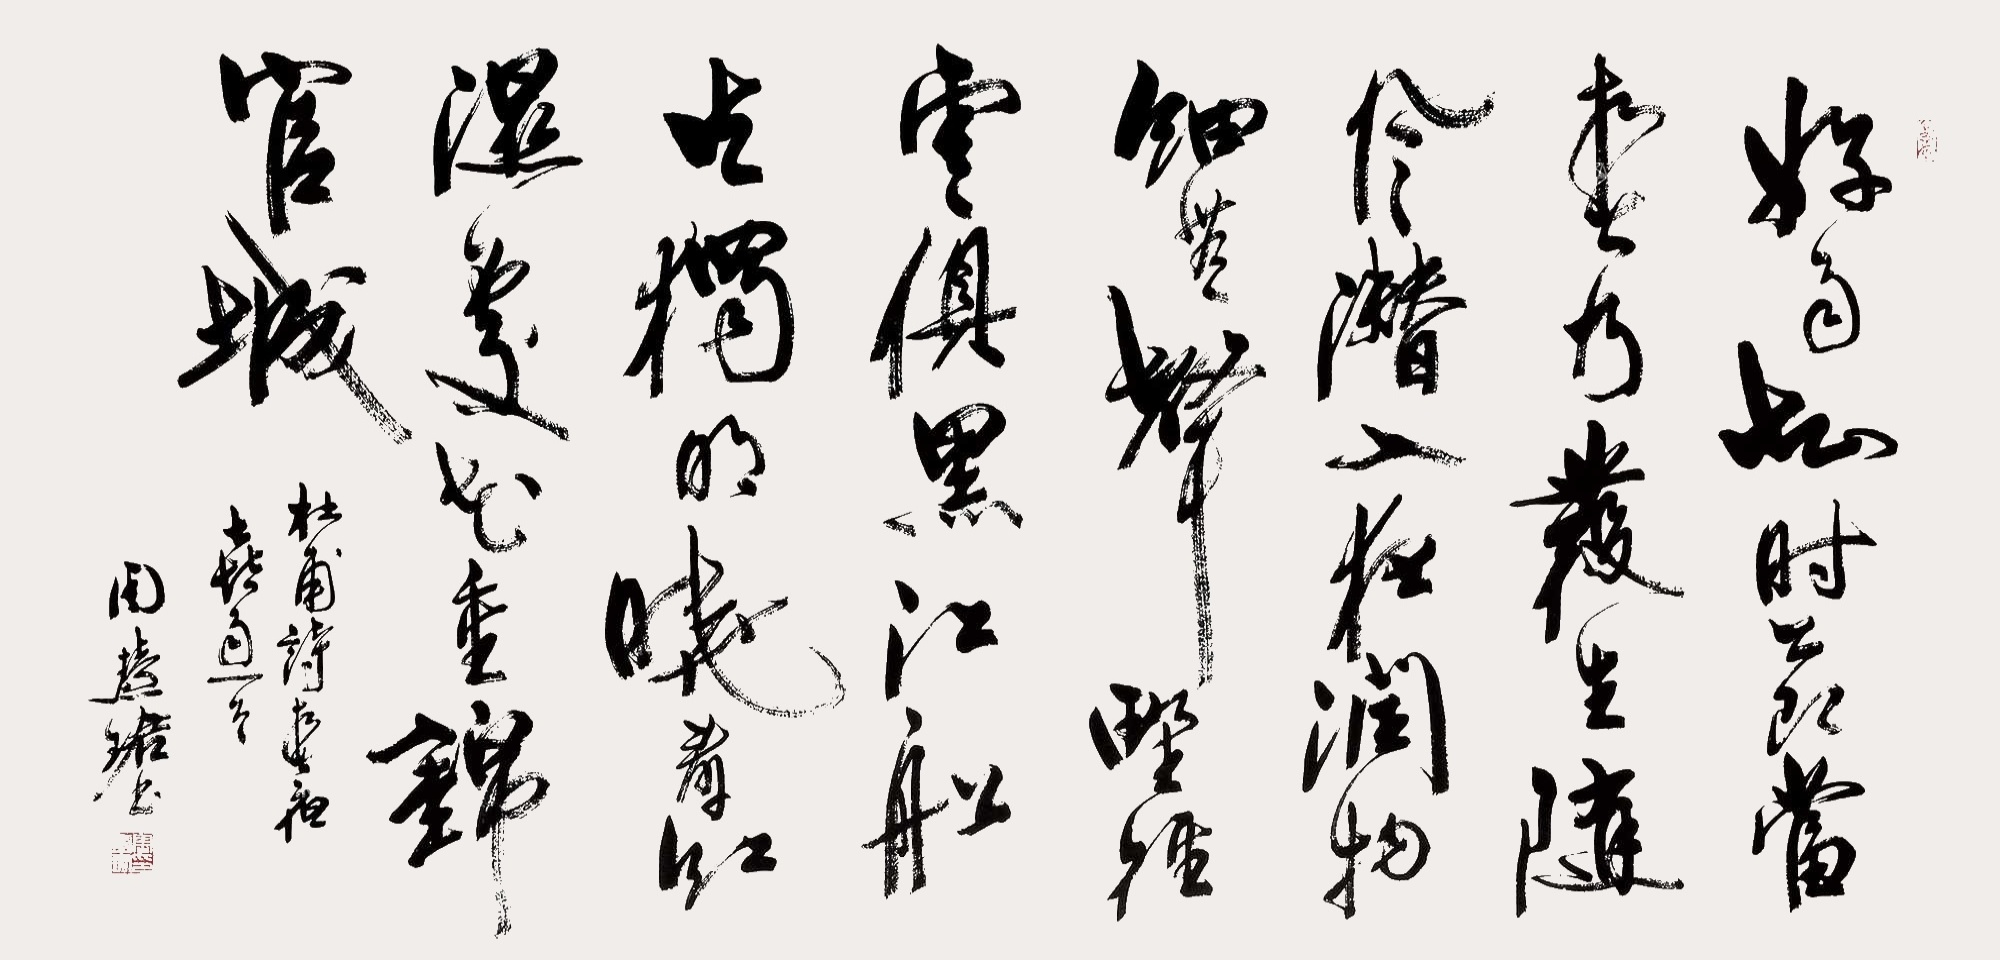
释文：好雨知时节，当春乃发生。随风潜入夜，润物细无声。野径云俱黑。江船火独明。晓看红湿处，花重锦官城。杜甫诗春夜喜雨一首，周慧珺书。